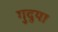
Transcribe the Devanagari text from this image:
गुदुया